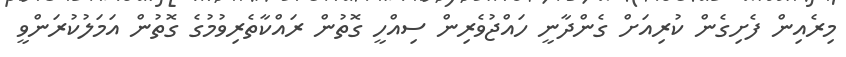
މިރެއިން ފެށިގެން ކުރިއަށް ގެންދާނީ ހައްޖުވެރިން ސިއްހީ ގޮތުން ރައްކާތެރިވުމުގެ ގޮތުން އަމަލުކުރަންވީ